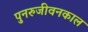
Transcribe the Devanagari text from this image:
पुनरुजीवनकाल